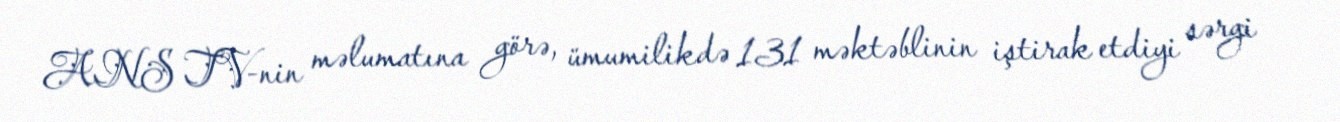
ANS TV-nin məlumatına görə, ümumilikdə 131 məktəblinin iştirak etdiyi sərgi